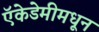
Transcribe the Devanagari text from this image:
ऍकेडेमीमधून